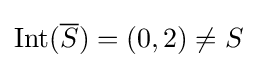
\operatorname {Int} ({\overline {S}})=(0,2)\neq S